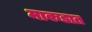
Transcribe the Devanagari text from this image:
माकडात